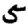
Digit: 5